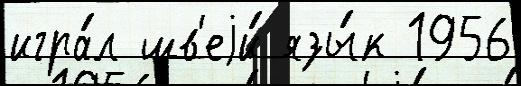
игра́л шв'еjи́ язы́к 1956